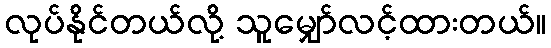
လုပ်နိုင်တယ်လို့ သူမျှော်လင့်ထားတယ်။